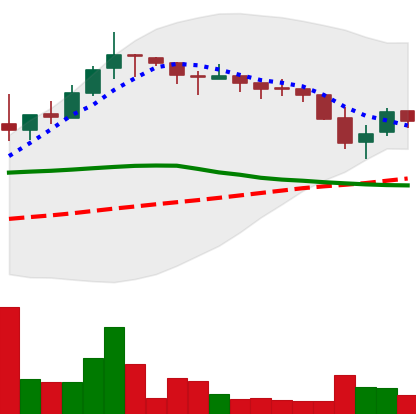
Ticker: TRX-USD
Chart end date: 2018-05-14
Forward return: -5.038%
Label: down_5_7